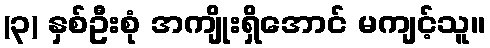
(၃) နှစ်ဦးစုံ အကျိုးရှိအောင် မကျင့်သူ။